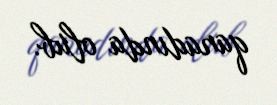
qanadında olub.